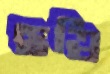
ছত্রি